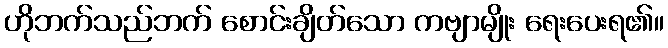
ဟိုဘက်သည်ဘက် စောင်းချိတ်သော ကဗျာမျိုး ရေးပေးရ၏။